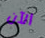
الآن